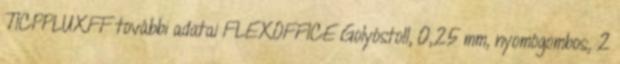
TICPPLUXFF további adatai FLEXOFFICE Golyóstoll, 0,25 mm, nyomógombos, 2